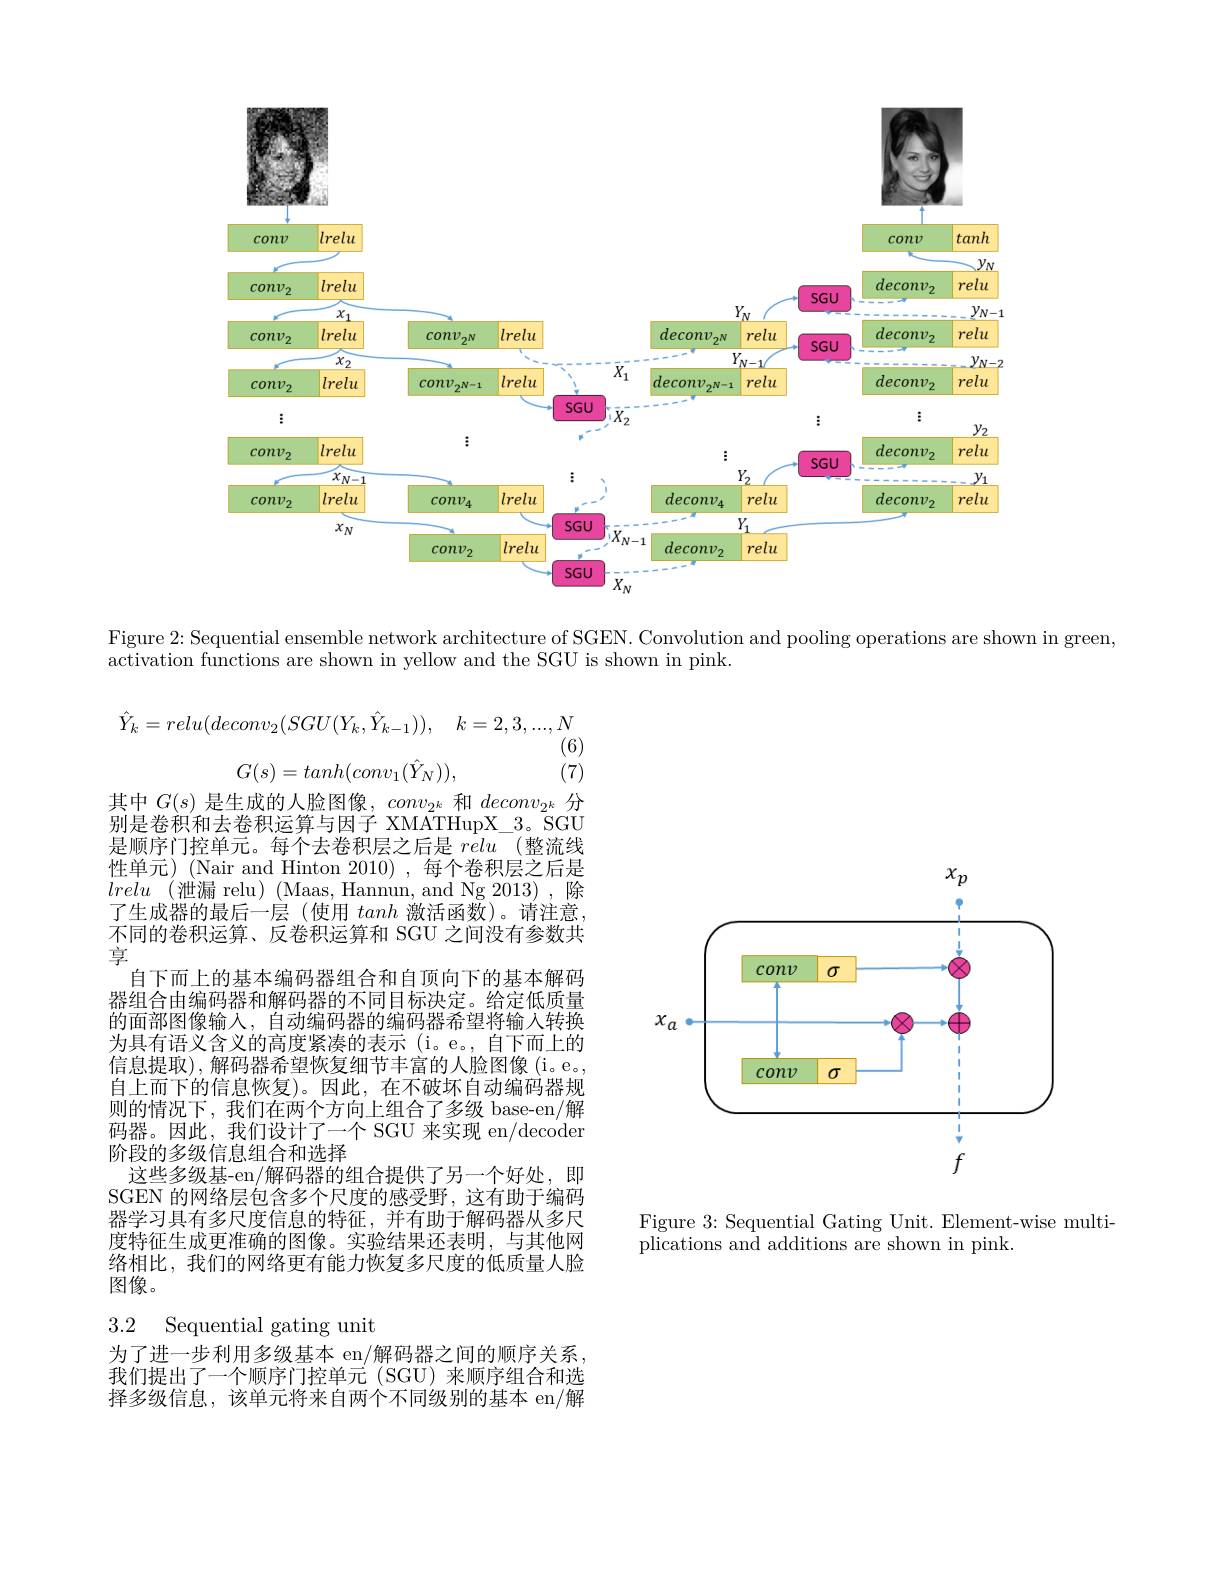
<FigureHere>

Figure 2: Sequential ensemble network architecture of SGEN. Convolution and pooling operations are shown in green,

$\bar{\text{activation functions are shown in yellow and the SGU is shown in pink}}.$
$$\hat{Y}_{k}=relu(deconv_{2}(SGU(Y_{k},\hat{Y}_{k-1})),\quad k=2,3,...,N$$
(6)
$$G(s)=tanh(conv_1(\hat{Y}_N)),$$
(7)
其中$G(s)$是生成的人脸图像，$conv_{2^k}$和$deconv_{2^k}$分别是卷积和去卷积运算与因子 XMATHupX\_3。SGU 是顺序门控单元。每个去卷积层之后是relu (整流线性单元)(Nair and Hinton 2010),每个卷积层之后是lrelu (泄漏 relu) (Maas, Hannun, and Ng 2013),除了生成器的最后一层(使用tanh激活函数)。请注意， 不同的卷积运算、反卷积运算和 SGU 之间没有参数共享
自下而上的基本编码器组合和自顶向下的基本解码器组合由编码器和解码器的不同目标决定。给定低质量的面部图像输入，自动编码器的编码器希望将输入转换为具有语义含义的高度紧凑的表示(i。e。,自下而上的信息提取),解码器希望恢复细节丰富的人脸图像(i。e。, 自上而下的信息恢复)。因此，在不破坏自动编码器规则的情况下，我们在两个方向上组合了多级 base-en/解码器。因此，我们设计了一个 SGU 来实现 en/decoder 阶段的多级信息组合和选择
这些多级基-en/解码器的组合提供了另一个好处，即SGEN 的网络层包含多个尺度的感受野，这有助于编码器学习具有多尺度信息的特征，并有助于解码器从多尺度特征生成更准确的图像。实验结果还表明，与其他网络相比，我们的网络更有能力恢复多尺度的低质量人脸图像。

## 3.2 Sequential gating unit

为了进一步利用多级基本 en/解码器之间的顺序关系我们提出了一个顺序门控单元(SGU)来顺序组合和选择多级信息，该单元将来自两个不同级别的基本 en/解

<FigureHere>

Figure 3: Sequential Gating Unit. Element-wise multi-
plications and additions are shown in pink.